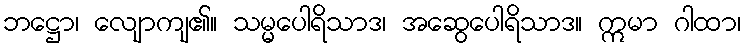
ဘဋ္ဌော၊ လျောကျ၏။ သမ္မပေါရိသာဒ၊ အဆွေပေါရိသာဒ။ ဣမာ ဂါထာ၊